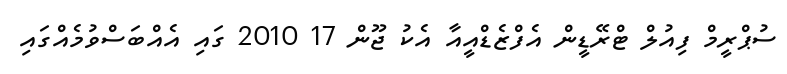
ސުޕްރީމް ފިއުލް ޓްރޭޑީން އެފްޒެޑްއީއާ އެކު ޖޫން 17 2010 ގައި އެއްބަސްވުމެއްގައި